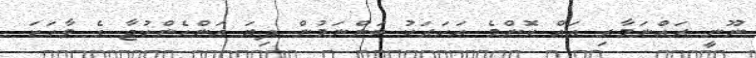
ނޫނީ ރައްނަމާރި އައް ކޮންމެ އަހަރަކު ބަންނަމުން ދިޔަ އަންހެންކުޖާ ގެ ވާހަކަ